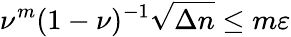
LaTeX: \nu^{m}(1-\nu)^{-1}\sqrt{\Delta n}\le m\varepsilon